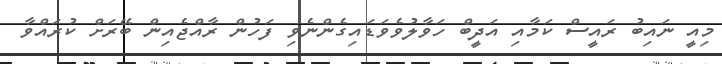
މިއީ ނައިބު ރައީސް ކަމާއި އަދީބް ހަވާލުވެވަޑައިގެންނެވި ފަހުން ރާއްޖެއިން ބޭރަށް ކުރައްވާ